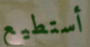
أستطيع